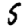
Digit: 5